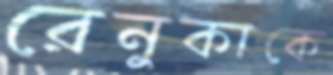
রেনুকাকে